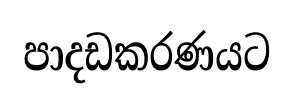
පාදඩකරණයට